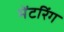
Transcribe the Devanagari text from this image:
मेंटरिंग